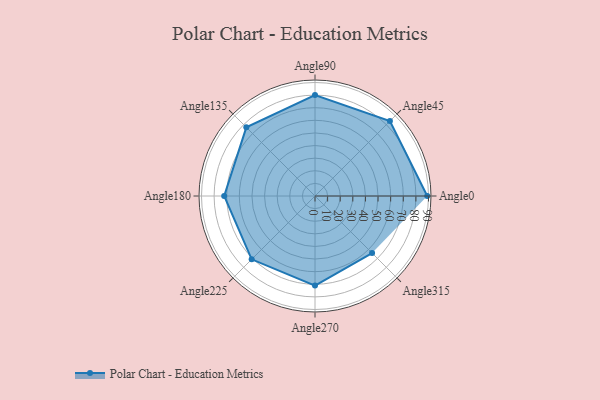
{"axis": {"x": "Angle", "y": "Radius"}, "legend": [""], "data": [{"x": "Angle0", "y": 89.0, "type": ""}, {"x": "Angle45", "y": 84.0, "type": ""}, {"x": "Angle90", "y": 80.0, "type": ""}, {"x": "Angle135", "y": 77.0, "type": ""}, {"x": "Angle180", "y": 72.0, "type": ""}, {"x": "Angle225", "y": 71.0, "type": ""}, {"x": "Angle270", "y": 71.0, "type": ""}, {"x": "Angle315", "y": 64.0, "type": ""}]}